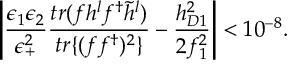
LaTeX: \left| \frac { \epsilon _ { 1 } \epsilon _ { 2 } } { \epsilon _ { + } ^ { 2 } } \frac { t r ( f h ^ { l } f ^ { \dag } \tilde { h } ^ { l } ) } { t r \{ ( f f ^ { \dag } ) ^ { 2 } \} } - \frac { h _ { D 1 } ^ { 2 } } { 2 f _ { 1 } ^ { 2 } } \right| < 1 0 ^ { - 8 } .